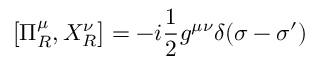
\left[ \Pi _ { R } ^ { \mu } , X _ { R } ^ { \nu } \right] = - i \frac 1 2 g ^ { \mu \nu } \delta ( \sigma - \sigma ^ { \prime } )